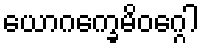
ယောဂက္ခေမိဝဂ္ဂေါ